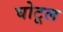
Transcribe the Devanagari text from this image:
घोटूल